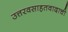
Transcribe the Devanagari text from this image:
उत्तरवसाहतवादाची